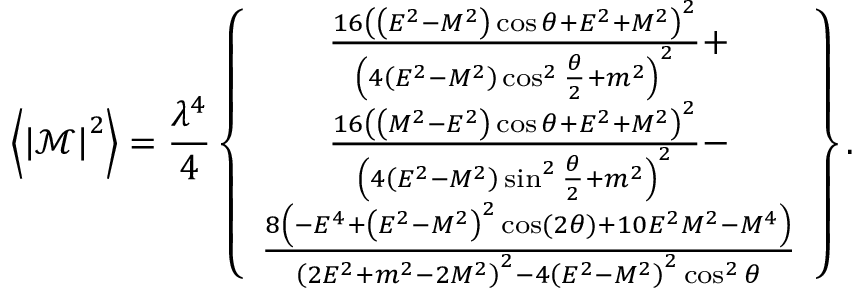
\left\langle \left\vert \mathcal { M } \right\vert ^ { 2 } \right\rangle = \frac { \lambda ^ { 4 } } { 4 } \left\{ \begin{array} { c } { \frac { 1 6 \left( \left( E ^ { 2 } - M ^ { 2 } \right) \cos \theta + E ^ { 2 } + M ^ { 2 } \right) ^ { 2 } } { \left( 4 \left( E ^ { 2 } - M ^ { 2 } \right) \cos ^ { 2 } \frac { \theta } { 2 } + m ^ { 2 } \right) ^ { 2 } } + } \\ { \frac { 1 6 \left( \left( M ^ { 2 } - E ^ { 2 } \right) \cos \theta + E ^ { 2 } + M ^ { 2 } \right) ^ { 2 } } { \left( 4 \left( E ^ { 2 } - M ^ { 2 } \right) \sin ^ { 2 } \frac { \theta } { 2 } + m ^ { 2 } \right) ^ { 2 } } - } \\ { \frac { 8 \left( - E ^ { 4 } + \left( E ^ { 2 } - M ^ { 2 } \right) ^ { 2 } \cos ( 2 \theta ) + 1 0 E ^ { 2 } M ^ { 2 } - M ^ { 4 } \right) } { \left( 2 E ^ { 2 } + m ^ { 2 } - 2 M ^ { 2 } \right) ^ { 2 } - 4 \left( E ^ { 2 } - M ^ { 2 } \right) ^ { 2 } \cos ^ { 2 } \theta } } \end{array} \right\} .